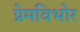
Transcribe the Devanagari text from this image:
प्रेमविभोर